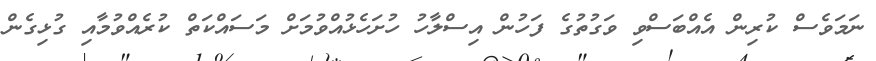
ނަމަވެސް ކުރިން އެއްބަސްވި ވަގުތުގެ ފަހުން އިސްލާހު ހުށަހެޅުއްވުމަށް މަސައްކަތް ކުރެއްވުމާއި ގުޅިގެން